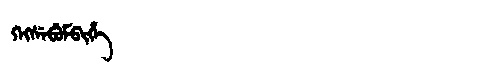
Manchu: ᡴᡝᡴᠰᡝᠪᡠᠮᠪᡳᡥᡝ
Romanization: KEKSEBUMBIHE